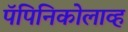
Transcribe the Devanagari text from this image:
पॅपिनिकोलाव्ह